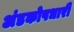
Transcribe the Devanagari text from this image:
अंडकोषधारी